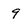
Character: 9